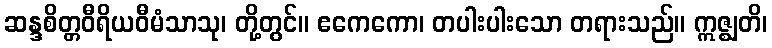
ဆန္ဒစိတ္တဝီရိယဝီမံသာသု၊ တို့တွင်။ ဧကေကော၊ တပါးပါးသော တရားသည်။ ဣဇ္ဈတိ၊